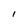
Character: l